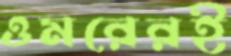
ওমরেরই